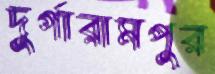
দুর্গারামপুর